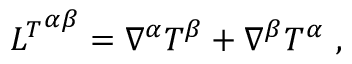
{ L ^ { T } } ^ { \alpha \beta } = \nabla ^ { \alpha } T ^ { \beta } + \nabla ^ { \beta } T ^ { \alpha } \ ,